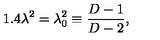
1 . 4 \lambda ^ { 2 } = \lambda _ { 0 } ^ { 2 } \equiv \frac { D - 1 } { D - 2 } ,